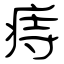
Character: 痔